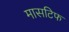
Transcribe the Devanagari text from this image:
मासटिफ